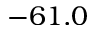
- 6 1 . 0